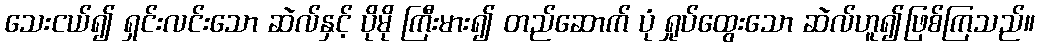
သေးငယ်၍ ရှင်းလင်းသော ဆဲလ်နှင့် ပိုမို ကြီးမား၍ တည်ဆောက် ပုံ ရှုပ်ထွေးသော ဆဲလ်ဟူ၍ဖြစ်ကြသည်။